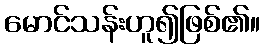
မောင်သန်းဟူ၍ဖြစ်၏။